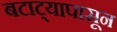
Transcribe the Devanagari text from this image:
बटाट्यापासून